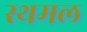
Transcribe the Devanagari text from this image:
स्थमल